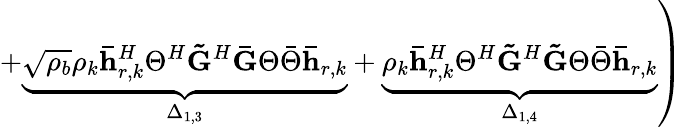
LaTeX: \left.+\underset{\Delta_{1,3}}{\underbrace{\sqrt{\rho_{b}}\rho_{k}\mathbf{\bar{h}}_{r,k}^{H}\Theta^{H}\mathbf{\tilde{G}}^{H}\mathbf{\bar{G}}\Theta\bar{\Theta}\mathbf{\bar{h}}_{r,k}}}+\underset{\Delta_{1,4}}{\underbrace{\rho_{k}\mathbf{\bar{h}}_{r,k}^{H}\Theta^{H}\mathbf{\tilde{G}}^{H}\mathbf{\tilde{G}}\Theta\bar{\Theta}\mathbf{\bar{h}}_{r,k}}}\right)